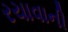
રચાવાની